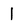
Character: 1